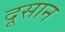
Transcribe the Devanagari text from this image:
दूसान